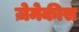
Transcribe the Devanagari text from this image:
ज़ेमेकीस